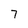
Character: 7